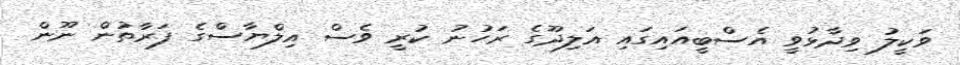
ވަކީލު ވިދާޅުވީ އެސްބީއައިގައި އަލިދޫގެ ރަހުނު ކުރީ ވެސް އިލްޔާސްގެ ފަރާތުން ނޫން